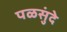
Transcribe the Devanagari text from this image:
पळसुंदे